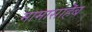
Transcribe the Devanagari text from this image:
मामासाहॆब